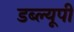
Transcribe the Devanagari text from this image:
डब्ल्यूपी